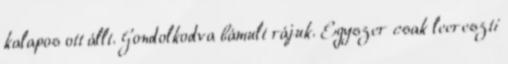
kalapos ott állt. Gondolkodva bámult rájuk. Egyszer csak leereszti